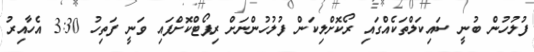
ފުލުހުން ބުނީ ސައިކަލްތަކެއްގައި ރޯކޮށްލިކަން ފުލުހުންނަށް ރިޕޯޓްކޮށްފައި ވަނީ ފަތިހު 3:30 އެހާއިރު